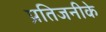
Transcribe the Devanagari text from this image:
प्रतिजनीके